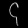
Digit: ၄